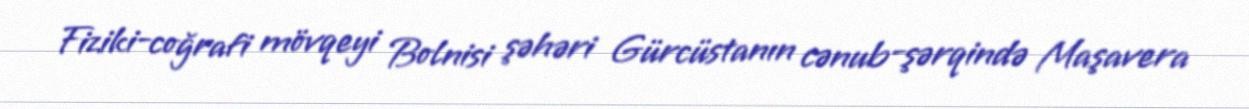
Fiziki-coğrafi mövqeyi Bolnisi şəhəri Gürcüstanın cənub-şərqində Maşavera